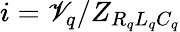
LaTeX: i=\mathscr{V}_{q}/Z_{R_{q}L_{q}C_{q}}